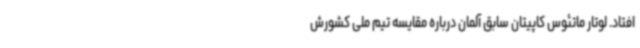
افتاد. لوتار ماتئوس کاپیتان سابق آلمان درباره مقایسه تیم ملی کشورش